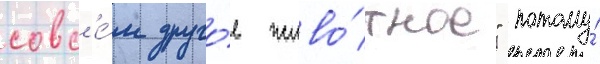
совс'е́м друго́е живо́тное" потому́